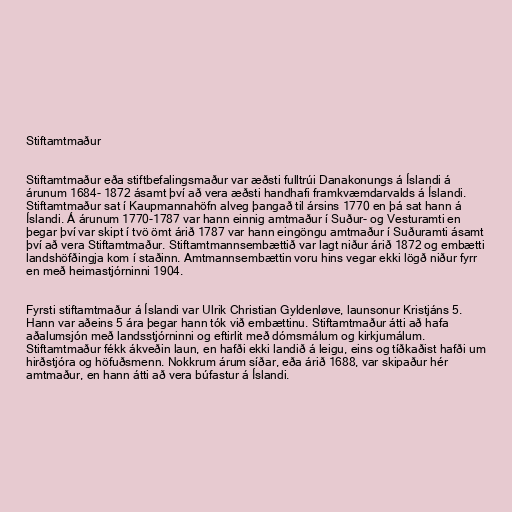
Stiftamtmaður

Stiftamtmaður eða stiftbefalingsmaður var æðsti fulltrúi Danakonungs á Íslandi á
árunum 1684- 1872 ásamt því að vera æðsti handhafi framkvæmdarvalds á Íslandi.
Stiftamtmaður sat í Kaupmannahöfn alveg þangað til ársins 1770 en þá sat hann á
Íslandi. Á árunum 1770-1787 var hann einnig amtmaður í Suður- og Vesturamti en
þegar því var skipt í tvö ömt árið 1787 var hann eingöngu amtmaður í Suðuramti ásamt
því að vera Stiftamtmaður. Stiftamtmannsembættið var lagt niður árið 1872 og embætti
landshöfðingja kom í staðinn. Amtmannsembættin voru hins vegar ekki lögð niður fyrr
en með heimastjórninni 1904.

Fyrsti stiftamtmaður á Íslandi var Ulrik Christian Gyldenløve, launsonur Kristjáns 5.
Hann var aðeins 5 ára þegar hann tók við embættinu. Stiftamtmaður átti að hafa
aðalumsjón með landsstjórninni og eftirlit með dómsmálum og kirkjumálum.
Stiftamtmaður fékk ákveðin laun, en hafði ekki landið á leigu, eins og tíðkaðist hafði um
hirðstjóra og höfuðsmenn. Nokkrum árum síðar, eða árið 1688, var skipaður hér
amtmaður, en hann átti að vera búfastur á Íslandi.